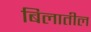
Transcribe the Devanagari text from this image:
बिलातील